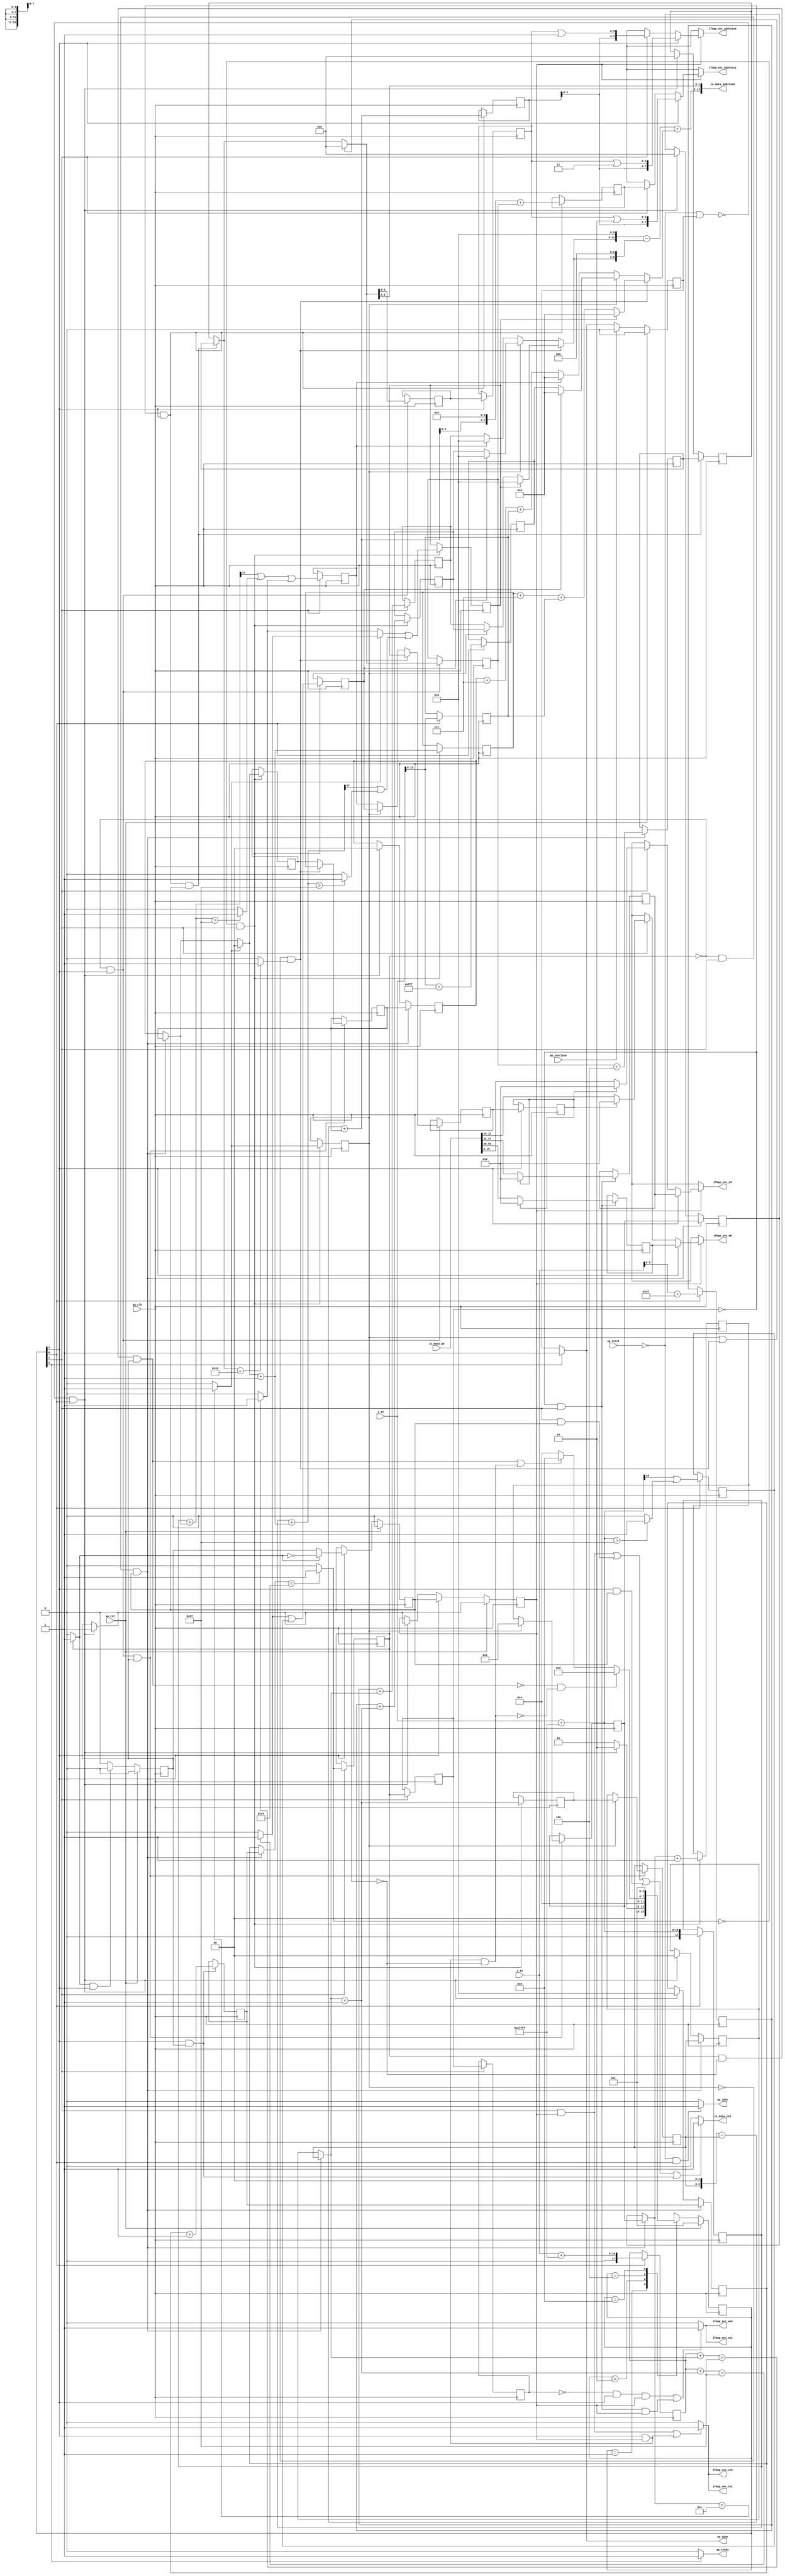
`define EXPONENT 5
`define MANTISSA 10
`define ACTUAL_MANTISSA 11
`define EXPONENT_LSB 10
`define EXPONENT_MSB 14
`define MANTISSA_LSB 0
`define MANTISSA_MSB 9
`define MANTISSA_MUL_SPLIT_LSB 3
`define MANTISSA_MUL_SPLIT_MSB 9
`define SIGN 1
`define SIGN_LOC 15
`define DWIDTH (`SIGN+`EXPONENT+`MANTISSA)
`define IEEE_COMPLIANCE 1

module td_fused_top_tdf5_readInputs41 (
        ap_clk,
        ap_rst,
        ap_start,
        ap_done,
        ap_continue,
        ap_idle,
        ap_ready,
        in_data_address0,
        in_data_ce0,
        in_data_q0,
        i_15,
        j_15,
        ifmap_vec_address0,
        ifmap_vec_ce0,
        ifmap_vec_we0,
        ifmap_vec_d0,
        ifmap_vec_address1,
        ifmap_vec_ce1,
        ifmap_vec_we1,
        ifmap_vec_d1
);

parameter    ap_ST_fsm_state1 = 4'd1;
parameter    ap_ST_fsm_pp0_stage0 = 4'd2;
parameter    ap_ST_fsm_pp0_stage1 = 4'd4;
parameter    ap_ST_fsm_state8 = 4'd8;

input   ap_clk;
input   ap_rst;
input   ap_start;
output   ap_done;
input   ap_continue;
output   ap_idle;
output   ap_ready;
output  [13:0] in_data_address0;
output   in_data_ce0;
input  [63:0] in_data_q0;
input  [15:0] i_15;
input  [15:0] j_15;
output  [7:0] ifmap_vec_address0;
output   ifmap_vec_ce0;
output   ifmap_vec_we0;
output  [15:0] ifmap_vec_d0;
output  [7:0] ifmap_vec_address1;
output   ifmap_vec_ce1;
output   ifmap_vec_we1;
output  [15:0] ifmap_vec_d1;

reg ap_done;
reg ap_idle;
reg ap_ready;
reg in_data_ce0;
reg[7:0] ifmap_vec_address0;
reg ifmap_vec_ce0;
reg ifmap_vec_we0;
reg[15:0] ifmap_vec_d0;
reg[7:0] ifmap_vec_address1;
reg ifmap_vec_ce1;
reg ifmap_vec_we1;
reg[15:0] ifmap_vec_d1;

reg    ap_done_reg;
  reg   [3:0] ap_CS_fsm;
wire    ap_CS_fsm_state1;
reg   [5:0] indvar_flatten47_reg_194;
reg   [1:0] ii_reg_206;
reg   [4:0] indvar_flatten_reg_218;
reg   [1:0] jj_reg_229;
reg   [4:0] kk_0_i_reg_241;
wire   [17:0] p_cast_i_fu_270_p1;
reg   [17:0] p_cast_i_reg_931;
wire   [11:0] trunc_ln22_fu_274_p1;
reg   [11:0] trunc_ln22_reg_937;
wire   [17:0] sext_ln22_fu_284_p1;
reg   [17:0] sext_ln22_reg_943;
wire   [5:0] p_cast_fu_288_p2;
reg   [5:0] p_cast_reg_949;
wire   [0:0] or_ln23_11_fu_308_p2;
reg   [0:0] or_ln23_11_reg_955;
wire   [11:0] p_mid137_fu_314_p2;
reg   [11:0] p_mid137_reg_960;
wire   [5:0] p_cast5_i_fu_333_p2;
reg   [5:0] p_cast5_i_reg_965;
wire    ap_CS_fsm_pp0_stage0;
wire    ap_block_state2_pp0_stage0_iter0;
wire    ap_block_state4_pp0_stage0_iter1;
wire    ap_block_state6_pp0_stage0_iter2;
wire    ap_block_pp0_stage0_11001;
wire   [0:0] is_padding_fu_373_p2;
reg   [0:0] is_padding_reg_971;
wire   [0:0] icmp_ln19_fu_379_p2;
reg   [0:0] icmp_ln19_reg_978;
reg   [0:0] icmp_ln19_reg_978_pp0_iter1_reg;
reg   [0:0] icmp_ln19_reg_978_pp0_iter2_reg;
wire   [1:0] add_ln19_fu_385_p2;
reg   [1:0] add_ln19_reg_982;
wire   [0:0] icmp_ln20_fu_391_p2;
reg   [0:0] icmp_ln20_reg_987;
wire   [1:0] select_ln19_fu_397_p3;
reg   [1:0] select_ln19_reg_999;
wire   [5:0] p_cast5_i_mid1_fu_418_p2;
reg   [5:0] p_cast5_i_mid1_reg_1004;
wire   [0:0] or_ln23_13_fu_437_p2;
reg   [0:0] or_ln23_13_reg_1010;
wire   [1:0] add_ln20_fu_442_p2;
reg   [1:0] add_ln20_reg_1017;
wire   [0:0] or_ln23_15_fu_477_p2;
reg   [0:0] or_ln23_15_reg_1023;
wire   [4:0] add_ln20_3_fu_483_p2;
reg   [4:0] add_ln20_3_reg_1030;
wire   [5:0] add_ln19_3_fu_489_p2;
reg   [5:0] add_ln19_3_reg_1035;
wire    ap_CS_fsm_pp0_stage1;
reg    ap_enable_reg_pp0_iter0;
wire    ap_block_state3_pp0_stage1_iter0;
wire    ap_block_state5_pp0_stage1_iter1;
wire    ap_block_state7_pp0_stage1_iter2;
wire    ap_block_pp0_stage1_11001;
wire   [1:0] select_ln19_13_fu_527_p3;
reg   [1:0] select_ln19_13_reg_1040;
wire   [4:0] select_ln20_fu_591_p3;
reg   [4:0] select_ln20_reg_1047;
wire   [1:0] select_ln20_11_fu_599_p3;
reg   [1:0] select_ln20_11_reg_1053;
wire   [0:0] select_ln20_12_fu_608_p3;
reg   [0:0] select_ln20_12_reg_1059;
reg   [0:0] select_ln20_12_reg_1059_pp0_iter1_reg;
wire   [3:0] empty_87_fu_704_p1;
reg   [3:0] empty_87_reg_1067;
reg   [3:0] empty_87_reg_1067_pp0_iter1_reg;
wire   [4:0] select_ln20_15_fu_731_p3;
reg   [4:0] select_ln20_15_reg_1079;
wire   [4:0] add_ln25_fu_737_p2;
reg   [4:0] add_ln25_reg_1084;
reg    ap_enable_reg_pp0_iter1;
wire   [5:0] add_ln33_fu_769_p2;
reg   [5:0] add_ln33_reg_1089;
wire   [7:0] add_ln33_3_fu_790_p2;
reg   [7:0] add_ln33_3_reg_1096;
wire   [15:0] select_ln33_14_fu_869_p3;
reg   [15:0] select_ln33_14_reg_1101;
wire   [15:0] select_ln33_15_fu_890_p3;
reg   [15:0] select_ln33_15_reg_1106;
reg    ap_block_state1;
wire    ap_block_pp0_stage1_subdone;
reg    ap_condition_pp0_exit_iter0_state3;
reg    ap_enable_reg_pp0_iter2;
reg   [5:0] ap_phi_mux_indvar_flatten47_phi_fu_198_p4;
wire    ap_block_pp0_stage0;
reg   [1:0] ap_phi_mux_ii_phi_fu_210_p4;
reg   [4:0] ap_phi_mux_indvar_flatten_phi_fu_222_p4;
reg   [1:0] ap_phi_mux_jj_phi_fu_233_p4;
reg   [4:0] ap_phi_mux_kk_0_i_phi_fu_245_p4;
wire    ap_block_pp0_stage1;
wire   [63:0] sext_ln32_fu_726_p1;
wire   [63:0] zext_ln33_13_fu_796_p1;
wire   [63:0] sext_ln33_fu_828_p1;
wire   [63:0] sext_ln33_5_fu_909_p1;
wire   [63:0] sext_ln33_6_fu_926_p1;
wire   [15:0] select_ln33_fu_808_p3;
wire   [15:0] select_ln33_13_fu_847_p3;
wire   [16:0] zext_ln19_fu_256_p1;
wire   [16:0] empty_82_fu_264_p2;
wire   [16:0] j_cast_i_fu_252_p1;
wire   [16:0] add_ln22_fu_278_p2;
wire   [5:0] empty_fu_260_p1;
wire   [0:0] tmp_fu_294_p3;
wire   [0:0] icmp_ln24_fu_302_p2;
wire   [17:0] ii_cast_i_fu_320_p1;
wire   [5:0] ii_cast_fu_324_p1;
wire   [17:0] empty_83_fu_328_p2;
wire   [17:0] zext_ln20_fu_344_p1;
wire   [17:0] add_ln22_3_fu_348_p2;
wire   [0:0] tmp_20_fu_353_p3;
wire   [0:0] icmp_ln24_3_fu_361_p2;
wire   [0:0] or_ln23_fu_367_p2;
wire   [0:0] empty_84_fu_338_p2;
wire   [17:0] ii_cast_i_mid1_fu_405_p1;
wire   [5:0] ii_cast_mid1_fu_409_p1;
wire   [17:0] p_mid111_fu_413_p2;
wire   [0:0] p_mid113_fu_423_p2;
wire   [17:0] zext_ln20_3_fu_448_p1;
wire   [17:0] add_ln22_4_fu_452_p2;
wire   [0:0] tmp_21_fu_457_p3;
wire   [0:0] icmp_ln24_4_fu_465_p2;
wire   [0:0] or_ln23_14_fu_471_p2;
wire   [0:0] select_ln19_15_fu_429_p3;
wire   [2:0] zext_ln22_fu_495_p1;
wire   [2:0] tmp2_fu_505_p2;
wire   [11:0] tmp2_cast_fu_511_p1;
wire   [11:0] empty_85_fu_515_p2;
wire   [5:0] row_coord_int_mid131_fu_543_p3;
wire   [5:0] row_coord_int_fu_499_p3;
wire   [11:0] col_coord_int_mid139_fu_549_p3;
wire   [11:0] col_coord_int_fu_520_p3;
wire   [0:0] icmp_ln25_fu_574_p2;
wire   [0:0] xor_ln19_fu_569_p2;
wire   [0:0] and_ln19_fu_580_p2;
wire   [0:0] or_ln20_fu_586_p2;
wire   [0:0] select_ln19_16_fu_538_p3;
wire   [5:0] select_ln19_14_fu_533_p3;
wire   [2:0] zext_ln22_3_fu_605_p1;
wire   [2:0] tmp2_mid1_fu_622_p2;
wire   [11:0] tmp2_cast_mid1_fu_628_p1;
wire   [11:0] p_mid1_fu_632_p2;
wire   [5:0] row_coord_int_mid1_fu_615_p3;
wire   [5:0] select_ln19_17_fu_555_p3;
wire   [5:0] select_ln20_13_fu_644_p3;
wire   [11:0] tmp_4_fu_652_p3;
wire   [8:0] tmp_5_fu_664_p3;
wire   [12:0] zext_ln32_fu_660_p1;
wire   [12:0] zext_ln32_16_fu_672_p1;
wire   [12:0] sub_ln32_fu_676_p2;
wire   [11:0] col_coord_int_mid1_fu_637_p3;
wire   [11:0] select_ln19_18_fu_562_p3;
wire   [11:0] select_ln20_14_fu_686_p3;
wire   [13:0] sext_ln20_fu_682_p1;
wire   [13:0] zext_ln32_17_fu_694_p1;
wire   [13:0] add_ln32_fu_698_p2;
wire   [1:0] lshr_ln_fu_708_p4;
wire   [15:0] tmp_22_fu_718_p3;
wire   [3:0] tmp_s_fu_745_p3;
wire   [4:0] zext_ln33_10_fu_752_p1;
wire   [4:0] zext_ln33_fu_742_p1;
wire   [4:0] sub_ln33_fu_756_p2;
wire   [5:0] sub_ln33_cast_fu_762_p1;
wire   [5:0] zext_ln33_11_fu_766_p1;
wire   [3:0] trunc_ln33_fu_775_p1;
wire   [7:0] tmp_63_cast_fu_779_p3;
wire   [7:0] zext_ln33_12_fu_787_p1;
wire   [15:0] trunc_ln32_fu_800_p1;
wire   [15:0] bitcast_ln32_fu_804_p1;
wire   [3:0] or_ln25_fu_816_p2;
wire   [9:0] tmp_23_fu_821_p3;
wire   [15:0] tmp_39_i_fu_833_p4;
wire   [15:0] bitcast_ln32_13_fu_843_p1;
wire   [15:0] tmp_40_i_fu_855_p4;
wire   [15:0] bitcast_ln32_14_fu_865_p1;
wire   [15:0] tmp_41_i_fu_876_p4;
wire   [15:0] bitcast_ln32_15_fu_886_p1;
wire   [3:0] or_ln25_9_fu_897_p2;
wire   [9:0] tmp_24_fu_902_p3;
wire   [3:0] or_ln25_10_fu_914_p2;
wire   [9:0] tmp_25_fu_919_p3;
wire    ap_CS_fsm_state8;
reg   [3:0] ap_NS_fsm;
wire    ap_block_pp0_stage0_subdone;
reg    ap_idle_pp0;
wire    ap_enable_pp0;
wire    ap_ce_reg;

// power-on initialization
initial begin
#0 ap_done_reg = 1'b0;
#0 ap_CS_fsm = 4'd1;
#0 ap_enable_reg_pp0_iter0 = 1'b0;
#0 ap_enable_reg_pp0_iter1 = 1'b0;
#0 ap_enable_reg_pp0_iter2 = 1'b0;
end

always @ (posedge ap_clk) begin
    if (ap_rst == 1'b1) begin
        ap_CS_fsm <= ap_ST_fsm_state1;
    end else begin
        ap_CS_fsm <= ap_NS_fsm;
    end
end

always @ (posedge ap_clk) begin
    if (ap_rst == 1'b1) begin
        ap_done_reg <= 1'b0;
    end else begin
        if ((ap_continue == 1'b1)) begin
            ap_done_reg <= 1'b0;
        end else if ((1'b1 == ap_CS_fsm_state8)) begin
            ap_done_reg <= 1'b1;
        end
    end
end

always @ (posedge ap_clk) begin
    if (ap_rst == 1'b1) begin
        ap_enable_reg_pp0_iter0 <= 1'b0;
    end else begin
        if (((1'b0 == ap_block_pp0_stage1_subdone) & (1'b1 == ap_condition_pp0_exit_iter0_state3) & (1'b1 == ap_CS_fsm_pp0_stage1))) begin
            ap_enable_reg_pp0_iter0 <= 1'b0;
        end else if ((~((ap_start == 1'b0) | (ap_done_reg == 1'b1)) & (1'b1 == ap_CS_fsm_state1))) begin
            ap_enable_reg_pp0_iter0 <= 1'b1;
        end
    end
end

always @ (posedge ap_clk) begin
    if (ap_rst == 1'b1) begin
        ap_enable_reg_pp0_iter1 <= 1'b0;
    end else begin
        if (((1'b0 == ap_block_pp0_stage1_subdone) & (1'b1 == ap_CS_fsm_pp0_stage1))) begin
            if ((1'b1 == ap_condition_pp0_exit_iter0_state3)) begin
                ap_enable_reg_pp0_iter1 <= (1'b1 ^ ap_condition_pp0_exit_iter0_state3);
            end else if ((1'b1 == 1'b1)) begin
                ap_enable_reg_pp0_iter1 <= ap_enable_reg_pp0_iter0;
            end
        end
    end
end

always @ (posedge ap_clk) begin
    if (ap_rst == 1'b1) begin
        ap_enable_reg_pp0_iter2 <= 1'b0;
    end else begin
        if (((1'b0 == ap_block_pp0_stage1_subdone) & (1'b1 == ap_CS_fsm_pp0_stage1))) begin
            ap_enable_reg_pp0_iter2 <= ap_enable_reg_pp0_iter1;
        end else if ((~((ap_start == 1'b0) | (ap_done_reg == 1'b1)) & (1'b1 == ap_CS_fsm_state1))) begin
            ap_enable_reg_pp0_iter2 <= 1'b0;
        end
    end
end

always @ (posedge ap_clk) begin
    if (((icmp_ln19_reg_978 == 1'd0) & (1'b0 == ap_block_pp0_stage0_11001) & (1'b1 == ap_CS_fsm_pp0_stage0) & (ap_enable_reg_pp0_iter1 == 1'b1))) begin
        ii_reg_206 <= select_ln19_13_reg_1040;
    end else if ((~((ap_start == 1'b0) | (ap_done_reg == 1'b1)) & (1'b1 == ap_CS_fsm_state1))) begin
        ii_reg_206 <= 2'd0;
    end
end

always @ (posedge ap_clk) begin
    if (((icmp_ln19_reg_978 == 1'd0) & (1'b0 == ap_block_pp0_stage0_11001) & (1'b1 == ap_CS_fsm_pp0_stage0) & (ap_enable_reg_pp0_iter1 == 1'b1))) begin
        indvar_flatten47_reg_194 <= add_ln19_3_reg_1035;
    end else if ((~((ap_start == 1'b0) | (ap_done_reg == 1'b1)) & (1'b1 == ap_CS_fsm_state1))) begin
        indvar_flatten47_reg_194 <= 6'd0;
    end
end

always @ (posedge ap_clk) begin
    if (((icmp_ln19_reg_978 == 1'd0) & (1'b0 == ap_block_pp0_stage0_11001) & (1'b1 == ap_CS_fsm_pp0_stage0) & (ap_enable_reg_pp0_iter1 == 1'b1))) begin
        indvar_flatten_reg_218 <= select_ln20_15_reg_1079;
    end else if ((~((ap_start == 1'b0) | (ap_done_reg == 1'b1)) & (1'b1 == ap_CS_fsm_state1))) begin
        indvar_flatten_reg_218 <= 5'd0;
    end
end

always @ (posedge ap_clk) begin
    if (((icmp_ln19_reg_978 == 1'd0) & (1'b0 == ap_block_pp0_stage0_11001) & (1'b1 == ap_CS_fsm_pp0_stage0) & (ap_enable_reg_pp0_iter1 == 1'b1))) begin
        jj_reg_229 <= select_ln20_11_reg_1053;
    end else if ((~((ap_start == 1'b0) | (ap_done_reg == 1'b1)) & (1'b1 == ap_CS_fsm_state1))) begin
        jj_reg_229 <= 2'd0;
    end
end

always @ (posedge ap_clk) begin
    if (((icmp_ln19_reg_978_pp0_iter1_reg == 1'd0) & (1'b0 == ap_block_pp0_stage1_11001) & (1'b1 == ap_CS_fsm_pp0_stage1) & (ap_enable_reg_pp0_iter1 == 1'b1))) begin
        kk_0_i_reg_241 <= add_ln25_reg_1084;
    end else if ((~((ap_start == 1'b0) | (ap_done_reg == 1'b1)) & (1'b1 == ap_CS_fsm_state1))) begin
        kk_0_i_reg_241 <= 5'd0;
    end
end

always @ (posedge ap_clk) begin
    if (((1'b0 == ap_block_pp0_stage1_11001) & (1'b1 == ap_CS_fsm_pp0_stage1) & (ap_enable_reg_pp0_iter0 == 1'b1))) begin
        add_ln19_3_reg_1035 <= add_ln19_3_fu_489_p2;
    end
end

always @ (posedge ap_clk) begin
    if (((icmp_ln19_fu_379_p2 == 1'd0) & (1'b0 == ap_block_pp0_stage0_11001) & (1'b1 == ap_CS_fsm_pp0_stage0))) begin
        add_ln19_reg_982 <= add_ln19_fu_385_p2;
        add_ln20_3_reg_1030 <= add_ln20_3_fu_483_p2;
        add_ln20_reg_1017 <= add_ln20_fu_442_p2;
        icmp_ln20_reg_987 <= icmp_ln20_fu_391_p2;
        or_ln23_13_reg_1010 <= or_ln23_13_fu_437_p2;
        or_ln23_15_reg_1023 <= or_ln23_15_fu_477_p2;
        p_cast5_i_mid1_reg_1004 <= p_cast5_i_mid1_fu_418_p2;
        select_ln19_reg_999 <= select_ln19_fu_397_p3;
    end
end

always @ (posedge ap_clk) begin
    if (((icmp_ln19_reg_978 == 1'd0) & (1'b0 == ap_block_pp0_stage0_11001) & (1'b1 == ap_CS_fsm_pp0_stage0) & (ap_enable_reg_pp0_iter1 == 1'b1))) begin
        add_ln25_reg_1084 <= add_ln25_fu_737_p2;
    end
end

always @ (posedge ap_clk) begin
    if (((icmp_ln19_reg_978_pp0_iter1_reg == 1'd0) & (1'b0 == ap_block_pp0_stage1_11001) & (1'b1 == ap_CS_fsm_pp0_stage1))) begin
        add_ln33_3_reg_1096 <= add_ln33_3_fu_790_p2;
        add_ln33_reg_1089 <= add_ln33_fu_769_p2;
    end
end

always @ (posedge ap_clk) begin
    if (((icmp_ln19_reg_978 == 1'd0) & (1'b0 == ap_block_pp0_stage1_11001) & (1'b1 == ap_CS_fsm_pp0_stage1))) begin
        empty_87_reg_1067 <= empty_87_fu_704_p1;
        select_ln20_12_reg_1059 <= select_ln20_12_fu_608_p3;
        select_ln20_reg_1047 <= select_ln20_fu_591_p3;
    end
end

always @ (posedge ap_clk) begin
    if (((1'b0 == ap_block_pp0_stage1_11001) & (1'b1 == ap_CS_fsm_pp0_stage1))) begin
        empty_87_reg_1067_pp0_iter1_reg <= empty_87_reg_1067;
        select_ln20_12_reg_1059_pp0_iter1_reg <= select_ln20_12_reg_1059;
    end
end

always @ (posedge ap_clk) begin
    if (((1'b0 == ap_block_pp0_stage0_11001) & (1'b1 == ap_CS_fsm_pp0_stage0))) begin
        icmp_ln19_reg_978 <= icmp_ln19_fu_379_p2;
        icmp_ln19_reg_978_pp0_iter1_reg <= icmp_ln19_reg_978;
        icmp_ln19_reg_978_pp0_iter2_reg <= icmp_ln19_reg_978_pp0_iter1_reg;
        is_padding_reg_971 <= is_padding_fu_373_p2;
        p_cast5_i_reg_965 <= p_cast5_i_fu_333_p2;
    end
end

always @ (posedge ap_clk) begin
    if ((1'b1 == ap_CS_fsm_state1)) begin
        or_ln23_11_reg_955 <= or_ln23_11_fu_308_p2;
        p_cast_i_reg_931 <= p_cast_i_fu_270_p1;
        p_cast_reg_949 <= p_cast_fu_288_p2;
        p_mid137_reg_960 <= p_mid137_fu_314_p2;
        sext_ln22_reg_943 <= sext_ln22_fu_284_p1;
        trunc_ln22_reg_937 <= trunc_ln22_fu_274_p1;
    end
end

always @ (posedge ap_clk) begin
    if (((icmp_ln19_reg_978 == 1'd0) & (1'b0 == ap_block_pp0_stage1_11001) & (1'b1 == ap_CS_fsm_pp0_stage1) & (ap_enable_reg_pp0_iter0 == 1'b1))) begin
        select_ln19_13_reg_1040 <= select_ln19_13_fu_527_p3;
        select_ln20_11_reg_1053 <= select_ln20_11_fu_599_p3;
        select_ln20_15_reg_1079 <= select_ln20_15_fu_731_p3;
    end
end

always @ (posedge ap_clk) begin
    if (((icmp_ln19_reg_978_pp0_iter1_reg == 1'd0) & (1'b0 == ap_block_pp0_stage0_11001) & (1'b1 == ap_CS_fsm_pp0_stage0))) begin
        select_ln33_14_reg_1101 <= select_ln33_14_fu_869_p3;
        select_ln33_15_reg_1106 <= select_ln33_15_fu_890_p3;
    end
end

always @ (*) begin
    if ((icmp_ln19_reg_978 == 1'd1)) begin
        ap_condition_pp0_exit_iter0_state3 = 1'b1;
    end else begin
        ap_condition_pp0_exit_iter0_state3 = 1'b0;
    end
end

always @ (*) begin
    if ((1'b1 == ap_CS_fsm_state8)) begin
        ap_done = 1'b1;
    end else begin
        ap_done = ap_done_reg;
    end
end

always @ (*) begin
    if (((ap_start == 1'b0) & (1'b1 == ap_CS_fsm_state1))) begin
        ap_idle = 1'b1;
    end else begin
        ap_idle = 1'b0;
    end
end

always @ (*) begin
    if (((ap_enable_reg_pp0_iter2 == 1'b0) & (ap_enable_reg_pp0_iter1 == 1'b0) & (ap_enable_reg_pp0_iter0 == 1'b0))) begin
        ap_idle_pp0 = 1'b1;
    end else begin
        ap_idle_pp0 = 1'b0;
    end
end

always @ (*) begin
    if (((icmp_ln19_reg_978 == 1'd0) & (1'b0 == ap_block_pp0_stage0) & (1'b1 == ap_CS_fsm_pp0_stage0) & (ap_enable_reg_pp0_iter1 == 1'b1))) begin
        ap_phi_mux_ii_phi_fu_210_p4 = select_ln19_13_reg_1040;
    end else begin
        ap_phi_mux_ii_phi_fu_210_p4 = ii_reg_206;
    end
end

always @ (*) begin
    if (((icmp_ln19_reg_978 == 1'd0) & (1'b0 == ap_block_pp0_stage0) & (1'b1 == ap_CS_fsm_pp0_stage0) & (ap_enable_reg_pp0_iter1 == 1'b1))) begin
        ap_phi_mux_indvar_flatten47_phi_fu_198_p4 = add_ln19_3_reg_1035;
    end else begin
        ap_phi_mux_indvar_flatten47_phi_fu_198_p4 = indvar_flatten47_reg_194;
    end
end

always @ (*) begin
    if (((icmp_ln19_reg_978 == 1'd0) & (1'b0 == ap_block_pp0_stage0) & (1'b1 == ap_CS_fsm_pp0_stage0) & (ap_enable_reg_pp0_iter1 == 1'b1))) begin
        ap_phi_mux_indvar_flatten_phi_fu_222_p4 = select_ln20_15_reg_1079;
    end else begin
        ap_phi_mux_indvar_flatten_phi_fu_222_p4 = indvar_flatten_reg_218;
    end
end

always @ (*) begin
    if (((icmp_ln19_reg_978 == 1'd0) & (1'b0 == ap_block_pp0_stage0) & (1'b1 == ap_CS_fsm_pp0_stage0) & (ap_enable_reg_pp0_iter1 == 1'b1))) begin
        ap_phi_mux_jj_phi_fu_233_p4 = select_ln20_11_reg_1053;
    end else begin
        ap_phi_mux_jj_phi_fu_233_p4 = jj_reg_229;
    end
end

always @ (*) begin
    if (((icmp_ln19_reg_978_pp0_iter1_reg == 1'd0) & (1'b0 == ap_block_pp0_stage1) & (1'b1 == ap_CS_fsm_pp0_stage1) & (ap_enable_reg_pp0_iter1 == 1'b1))) begin
        ap_phi_mux_kk_0_i_phi_fu_245_p4 = add_ln25_reg_1084;
    end else begin
        ap_phi_mux_kk_0_i_phi_fu_245_p4 = kk_0_i_reg_241;
    end
end

always @ (*) begin
    if ((1'b1 == ap_CS_fsm_state8)) begin
        ap_ready = 1'b1;
    end else begin
        ap_ready = 1'b0;
    end
end

always @ (*) begin
    if ((ap_enable_reg_pp0_iter2 == 1'b1)) begin
        if (((1'b0 == ap_block_pp0_stage1) & (1'b1 == ap_CS_fsm_pp0_stage1))) begin
            ifmap_vec_address0 = sext_ln33_6_fu_926_p1;
        end else if (((1'b0 == ap_block_pp0_stage0) & (1'b1 == ap_CS_fsm_pp0_stage0))) begin
            ifmap_vec_address0 = sext_ln33_fu_828_p1;
        end else begin
            ifmap_vec_address0 = 'bx;
        end
    end else begin
        ifmap_vec_address0 = 'bx;
    end
end

always @ (*) begin
    if ((ap_enable_reg_pp0_iter2 == 1'b1)) begin
        if (((1'b0 == ap_block_pp0_stage1) & (1'b1 == ap_CS_fsm_pp0_stage1))) begin
            ifmap_vec_address1 = sext_ln33_5_fu_909_p1;
        end else if (((1'b0 == ap_block_pp0_stage0) & (1'b1 == ap_CS_fsm_pp0_stage0))) begin
            ifmap_vec_address1 = zext_ln33_13_fu_796_p1;
        end else begin
            ifmap_vec_address1 = 'bx;
        end
    end else begin
        ifmap_vec_address1 = 'bx;
    end
end

always @ (*) begin
    if ((((1'b0 == ap_block_pp0_stage0_11001) & (1'b1 == ap_CS_fsm_pp0_stage0) & (ap_enable_reg_pp0_iter2 == 1'b1)) | ((1'b0 == ap_block_pp0_stage1_11001) & (1'b1 == ap_CS_fsm_pp0_stage1) & (ap_enable_reg_pp0_iter2 == 1'b1)))) begin
        ifmap_vec_ce0 = 1'b1;
    end else begin
        ifmap_vec_ce0 = 1'b0;
    end
end

always @ (*) begin
    if ((((1'b0 == ap_block_pp0_stage0_11001) & (1'b1 == ap_CS_fsm_pp0_stage0) & (ap_enable_reg_pp0_iter2 == 1'b1)) | ((1'b0 == ap_block_pp0_stage1_11001) & (1'b1 == ap_CS_fsm_pp0_stage1) & (ap_enable_reg_pp0_iter2 == 1'b1)))) begin
        ifmap_vec_ce1 = 1'b1;
    end else begin
        ifmap_vec_ce1 = 1'b0;
    end
end

always @ (*) begin
    if ((ap_enable_reg_pp0_iter2 == 1'b1)) begin
        if (((1'b0 == ap_block_pp0_stage1) & (1'b1 == ap_CS_fsm_pp0_stage1))) begin
            ifmap_vec_d0 = select_ln33_15_reg_1106;
        end else if (((1'b0 == ap_block_pp0_stage0) & (1'b1 == ap_CS_fsm_pp0_stage0))) begin
            ifmap_vec_d0 = select_ln33_13_fu_847_p3;
        end else begin
            ifmap_vec_d0 = 'bx;
        end
    end else begin
        ifmap_vec_d0 = 'bx;
    end
end

always @ (*) begin
    if ((ap_enable_reg_pp0_iter2 == 1'b1)) begin
        if (((1'b0 == ap_block_pp0_stage1) & (1'b1 == ap_CS_fsm_pp0_stage1))) begin
            ifmap_vec_d1 = select_ln33_14_reg_1101;
        end else if (((1'b0 == ap_block_pp0_stage0) & (1'b1 == ap_CS_fsm_pp0_stage0))) begin
            ifmap_vec_d1 = select_ln33_fu_808_p3;
        end else begin
            ifmap_vec_d1 = 'bx;
        end
    end else begin
        ifmap_vec_d1 = 'bx;
    end
end

always @ (*) begin
    if ((((icmp_ln19_reg_978_pp0_iter2_reg == 1'd0) & (1'b0 == ap_block_pp0_stage1_11001) & (1'b1 == ap_CS_fsm_pp0_stage1) & (ap_enable_reg_pp0_iter2 == 1'b1)) | ((icmp_ln19_reg_978_pp0_iter1_reg == 1'd0) & (1'b0 == ap_block_pp0_stage0_11001) & (1'b1 == ap_CS_fsm_pp0_stage0) & (ap_enable_reg_pp0_iter2 == 1'b1)))) begin
        ifmap_vec_we0 = 1'b1;
    end else begin
        ifmap_vec_we0 = 1'b0;
    end
end

always @ (*) begin
    if ((((icmp_ln19_reg_978_pp0_iter2_reg == 1'd0) & (1'b0 == ap_block_pp0_stage1_11001) & (1'b1 == ap_CS_fsm_pp0_stage1) & (ap_enable_reg_pp0_iter2 == 1'b1)) | ((icmp_ln19_reg_978_pp0_iter1_reg == 1'd0) & (1'b0 == ap_block_pp0_stage0_11001) & (1'b1 == ap_CS_fsm_pp0_stage0) & (ap_enable_reg_pp0_iter2 == 1'b1)))) begin
        ifmap_vec_we1 = 1'b1;
    end else begin
        ifmap_vec_we1 = 1'b0;
    end
end

always @ (*) begin
    if ((((1'b0 == ap_block_pp0_stage0_11001) & (1'b1 == ap_CS_fsm_pp0_stage0) & (ap_enable_reg_pp0_iter2 == 1'b1)) | ((1'b0 == ap_block_pp0_stage0_11001) & (1'b1 == ap_CS_fsm_pp0_stage0) & (ap_enable_reg_pp0_iter1 == 1'b1)) | ((1'b0 == ap_block_pp0_stage1_11001) & (1'b1 == ap_CS_fsm_pp0_stage1) & (ap_enable_reg_pp0_iter1 == 1'b1)) | ((1'b0 == ap_block_pp0_stage1_11001) & (1'b1 == ap_CS_fsm_pp0_stage1) & (ap_enable_reg_pp0_iter0 == 1'b1)))) begin
        in_data_ce0 = 1'b1;
    end else begin
        in_data_ce0 = 1'b0;
    end
end

always @ (*) begin
    case (ap_CS_fsm)
        ap_ST_fsm_state1 : begin
            if ((~((ap_start == 1'b0) | (ap_done_reg == 1'b1)) & (1'b1 == ap_CS_fsm_state1))) begin
                ap_NS_fsm = ap_ST_fsm_pp0_stage0;
            end else begin
                ap_NS_fsm = ap_ST_fsm_state1;
            end
        end
        ap_ST_fsm_pp0_stage0 : begin
            if ((1'b0 == ap_block_pp0_stage0_subdone)) begin
                ap_NS_fsm = ap_ST_fsm_pp0_stage1;
            end else begin
                ap_NS_fsm = ap_ST_fsm_pp0_stage0;
            end
        end
        ap_ST_fsm_pp0_stage1 : begin
            if ((~((icmp_ln19_reg_978 == 1'd1) & (1'b0 == ap_block_pp0_stage1_subdone) & (ap_enable_reg_pp0_iter1 == 1'b0) & (ap_enable_reg_pp0_iter0 == 1'b1)) & ~((1'b0 == ap_block_pp0_stage1_subdone) & (1'b1 == ap_CS_fsm_pp0_stage1) & (ap_enable_reg_pp0_iter2 == 1'b1) & (ap_enable_reg_pp0_iter1 == 1'b0)) & (1'b0 == ap_block_pp0_stage1_subdone))) begin
                ap_NS_fsm = ap_ST_fsm_pp0_stage0;
            end else if ((((icmp_ln19_reg_978 == 1'd1) & (1'b0 == ap_block_pp0_stage1_subdone) & (ap_enable_reg_pp0_iter1 == 1'b0) & (ap_enable_reg_pp0_iter0 == 1'b1)) | ((1'b0 == ap_block_pp0_stage1_subdone) & (1'b1 == ap_CS_fsm_pp0_stage1) & (ap_enable_reg_pp0_iter2 == 1'b1) & (ap_enable_reg_pp0_iter1 == 1'b0)))) begin
                ap_NS_fsm = ap_ST_fsm_state8;
            end else begin
                ap_NS_fsm = ap_ST_fsm_pp0_stage1;
            end
        end
        ap_ST_fsm_state8 : begin
            ap_NS_fsm = ap_ST_fsm_state1;
        end
        default : begin
            ap_NS_fsm = 'bx;
        end
    endcase
end

assign add_ln19_3_fu_489_p2 = (indvar_flatten47_reg_194 + 6'd1);

assign add_ln19_fu_385_p2 = (ap_phi_mux_ii_phi_fu_210_p4 + 2'd1);

assign add_ln20_3_fu_483_p2 = (ap_phi_mux_indvar_flatten_phi_fu_222_p4 + 5'd1);

assign add_ln20_fu_442_p2 = (select_ln19_fu_397_p3 + 2'd1);

assign add_ln22_3_fu_348_p2 = ((sext_ln22_reg_943) + (zext_ln20_fu_344_p1));

assign add_ln22_4_fu_452_p2 = ((sext_ln22_reg_943) + (zext_ln20_3_fu_448_p1));

assign add_ln22_fu_278_p2 = ((j_cast_i_fu_252_p1) + (17'd131071));

assign add_ln25_fu_737_p2 = (select_ln20_reg_1047 + 5'd4);

assign add_ln32_fu_698_p2 = ((sext_ln20_fu_682_p1) + (zext_ln32_17_fu_694_p1));

assign add_ln33_3_fu_790_p2 = (tmp_63_cast_fu_779_p3 + zext_ln33_12_fu_787_p1);

assign add_ln33_fu_769_p2 = ((sub_ln33_cast_fu_762_p1) + (zext_ln33_11_fu_766_p1));

assign and_ln19_fu_580_p2 = (xor_ln19_fu_569_p2 & icmp_ln25_fu_574_p2);

assign ap_CS_fsm_pp0_stage0 = ap_CS_fsm[32'd1];

assign ap_CS_fsm_pp0_stage1 = ap_CS_fsm[32'd2];

assign ap_CS_fsm_state1 = ap_CS_fsm[32'd0];

assign ap_CS_fsm_state8 = ap_CS_fsm[32'd3];

assign ap_block_pp0_stage0 = ~(1'b1 == 1'b1);

assign ap_block_pp0_stage0_11001 = ~(1'b1 == 1'b1);

assign ap_block_pp0_stage0_subdone = ~(1'b1 == 1'b1);

assign ap_block_pp0_stage1 = ~(1'b1 == 1'b1);

assign ap_block_pp0_stage1_11001 = ~(1'b1 == 1'b1);

assign ap_block_pp0_stage1_subdone = ~(1'b1 == 1'b1);

always @ (*) begin
    ap_block_state1 = ((ap_start == 1'b0) | (ap_done_reg == 1'b1));
end

assign ap_block_state2_pp0_stage0_iter0 = ~(1'b1 == 1'b1);

assign ap_block_state3_pp0_stage1_iter0 = ~(1'b1 == 1'b1);

assign ap_block_state4_pp0_stage0_iter1 = ~(1'b1 == 1'b1);

assign ap_block_state5_pp0_stage1_iter1 = ~(1'b1 == 1'b1);

assign ap_block_state6_pp0_stage0_iter2 = ~(1'b1 == 1'b1);

assign ap_block_state7_pp0_stage1_iter2 = ~(1'b1 == 1'b1);

assign ap_enable_pp0 = (ap_idle_pp0 ^ 1'b1);

assign bitcast_ln32_13_fu_843_p1 = tmp_39_i_fu_833_p4;

assign bitcast_ln32_14_fu_865_p1 = tmp_40_i_fu_855_p4;

assign bitcast_ln32_15_fu_886_p1 = tmp_41_i_fu_876_p4;

assign bitcast_ln32_fu_804_p1 = trunc_ln32_fu_800_p1;

assign col_coord_int_fu_520_p3 = ((is_padding_reg_971[0:0] == 1'b1) ? 12'd0 : empty_85_fu_515_p2);

assign col_coord_int_mid139_fu_549_p3 = ((or_ln23_13_reg_1010[0:0] == 1'b1) ? 12'd0 : p_mid137_reg_960);

assign col_coord_int_mid1_fu_637_p3 = ((or_ln23_15_reg_1023[0:0] == 1'b1) ? 12'd0 : p_mid1_fu_632_p2);

assign empty_82_fu_264_p2 = ((zext_ln19_fu_256_p1) + (17'd131071));

assign empty_83_fu_328_p2 = ((p_cast_i_reg_931) + (ii_cast_i_fu_320_p1));

assign empty_84_fu_338_p2 = ((empty_83_fu_328_p2 > 18'd55) ? 1'b1 : 1'b0);

assign empty_85_fu_515_p2 = ((tmp2_cast_fu_511_p1) + (trunc_ln22_reg_937));

assign empty_87_fu_704_p1 = select_ln20_fu_591_p3[3:0];

assign empty_fu_260_p1 = i_15[5:0];

assign icmp_ln19_fu_379_p2 = ((ap_phi_mux_indvar_flatten47_phi_fu_198_p4 == 6'd36) ? 1'b1 : 1'b0);

assign icmp_ln20_fu_391_p2 = ((ap_phi_mux_indvar_flatten_phi_fu_222_p4 == 5'd12) ? 1'b1 : 1'b0);

assign icmp_ln24_3_fu_361_p2 = (((add_ln22_3_fu_348_p2) > (18'd55)) ? 1'b1 : 1'b0);

assign icmp_ln24_4_fu_465_p2 = (((add_ln22_4_fu_452_p2) > (18'd55)) ? 1'b1 : 1'b0);

assign icmp_ln24_fu_302_p2 = (((add_ln22_fu_278_p2) > (17'd55)) ? 1'b1 : 1'b0);

assign icmp_ln25_fu_574_p2 = ((ap_phi_mux_kk_0_i_phi_fu_245_p4 == 5'd16) ? 1'b1 : 1'b0);

assign ii_cast_fu_324_p1 = ap_phi_mux_ii_phi_fu_210_p4;

assign ii_cast_i_fu_320_p1 = ap_phi_mux_ii_phi_fu_210_p4;

assign ii_cast_i_mid1_fu_405_p1 = add_ln19_fu_385_p2;

assign ii_cast_mid1_fu_409_p1 = add_ln19_fu_385_p2;

assign in_data_address0 = sext_ln32_fu_726_p1;

assign is_padding_fu_373_p2 = (or_ln23_fu_367_p2 | empty_84_fu_338_p2);

assign j_cast_i_fu_252_p1 = j_15;

assign lshr_ln_fu_708_p4 = {{select_ln20_fu_591_p3[3:2]}};

assign or_ln20_fu_586_p2 = (icmp_ln20_reg_987 | and_ln19_fu_580_p2);

assign or_ln23_11_fu_308_p2 = (tmp_fu_294_p3 | icmp_ln24_fu_302_p2);

assign or_ln23_13_fu_437_p2 = (p_mid113_fu_423_p2 | or_ln23_11_reg_955);

assign or_ln23_14_fu_471_p2 = (tmp_21_fu_457_p3 | icmp_ln24_4_fu_465_p2);

assign or_ln23_15_fu_477_p2 = (select_ln19_15_fu_429_p3 | or_ln23_14_fu_471_p2);

assign or_ln23_fu_367_p2 = (tmp_20_fu_353_p3 | icmp_ln24_3_fu_361_p2);

assign or_ln25_10_fu_914_p2 = (empty_87_reg_1067_pp0_iter1_reg | 4'd3);

assign or_ln25_9_fu_897_p2 = (empty_87_reg_1067_pp0_iter1_reg | 4'd2);

assign or_ln25_fu_816_p2 = (empty_87_reg_1067_pp0_iter1_reg | 4'd1);

assign p_cast5_i_fu_333_p2 = (p_cast_reg_949 + ii_cast_fu_324_p1);

assign p_cast5_i_mid1_fu_418_p2 = (p_cast_reg_949 + ii_cast_mid1_fu_409_p1);

assign p_cast_fu_288_p2 = ((empty_fu_260_p1) + (6'd63));

assign p_cast_i_fu_270_p1 = (empty_82_fu_264_p2);

assign p_mid111_fu_413_p2 = ((p_cast_i_reg_931) + (ii_cast_i_mid1_fu_405_p1));

assign p_mid113_fu_423_p2 = ((p_mid111_fu_413_p2 > 18'd55) ? 1'b1 : 1'b0);

assign p_mid137_fu_314_p2 = ((trunc_ln22_fu_274_p1) + (12'd4095));

assign p_mid1_fu_632_p2 = ((tmp2_cast_mid1_fu_628_p1) + (trunc_ln22_reg_937));

assign row_coord_int_fu_499_p3 = ((is_padding_reg_971[0:0] == 1'b1) ? 6'd0 : p_cast5_i_reg_965);

assign row_coord_int_mid131_fu_543_p3 = ((or_ln23_13_reg_1010[0:0] == 1'b1) ? 6'd0 : p_cast5_i_mid1_reg_1004);

assign row_coord_int_mid1_fu_615_p3 = ((or_ln23_15_reg_1023[0:0] == 1'b1) ? 6'd0 : select_ln19_14_fu_533_p3);

assign select_ln19_13_fu_527_p3 = ((icmp_ln20_reg_987[0:0] == 1'b1) ? add_ln19_reg_982 : ii_reg_206);

assign select_ln19_14_fu_533_p3 = ((icmp_ln20_reg_987[0:0] == 1'b1) ? p_cast5_i_mid1_reg_1004 : p_cast5_i_reg_965);

assign select_ln19_15_fu_429_p3 = ((icmp_ln20_fu_391_p2[0:0] == 1'b1) ? p_mid113_fu_423_p2 : empty_84_fu_338_p2);

assign select_ln19_16_fu_538_p3 = ((icmp_ln20_reg_987[0:0] == 1'b1) ? or_ln23_13_reg_1010 : is_padding_reg_971);

assign select_ln19_17_fu_555_p3 = ((icmp_ln20_reg_987[0:0] == 1'b1) ? row_coord_int_mid131_fu_543_p3 : row_coord_int_fu_499_p3);

assign select_ln19_18_fu_562_p3 = ((icmp_ln20_reg_987[0:0] == 1'b1) ? col_coord_int_mid139_fu_549_p3 : col_coord_int_fu_520_p3);

assign select_ln19_fu_397_p3 = ((icmp_ln20_fu_391_p2[0:0] == 1'b1) ? 2'd0 : ap_phi_mux_jj_phi_fu_233_p4);

assign select_ln20_11_fu_599_p3 = ((and_ln19_fu_580_p2[0:0] == 1'b1) ? add_ln20_reg_1017 : select_ln19_reg_999);

assign select_ln20_12_fu_608_p3 = ((and_ln19_fu_580_p2[0:0] == 1'b1) ? or_ln23_15_reg_1023 : select_ln19_16_fu_538_p3);

assign select_ln20_13_fu_644_p3 = ((and_ln19_fu_580_p2[0:0] == 1'b1) ? row_coord_int_mid1_fu_615_p3 : select_ln19_17_fu_555_p3);

assign select_ln20_14_fu_686_p3 = ((and_ln19_fu_580_p2[0:0] == 1'b1) ? col_coord_int_mid1_fu_637_p3 : select_ln19_18_fu_562_p3);

assign select_ln20_15_fu_731_p3 = ((icmp_ln20_reg_987[0:0] == 1'b1) ? 5'd1 : add_ln20_3_reg_1030);

assign select_ln20_fu_591_p3 = ((or_ln20_fu_586_p2[0:0] == 1'b1) ? 5'd0 : ap_phi_mux_kk_0_i_phi_fu_245_p4);

assign select_ln33_13_fu_847_p3 = ((select_ln20_12_reg_1059_pp0_iter1_reg[0:0] == 1'b1) ? 16'd0 : bitcast_ln32_13_fu_843_p1);

assign select_ln33_14_fu_869_p3 = ((select_ln20_12_reg_1059_pp0_iter1_reg[0:0] == 1'b1) ? 16'd0 : bitcast_ln32_14_fu_865_p1);

assign select_ln33_15_fu_890_p3 = ((select_ln20_12_reg_1059_pp0_iter1_reg[0:0] == 1'b1) ? 16'd0 : bitcast_ln32_15_fu_886_p1);

assign select_ln33_fu_808_p3 = ((select_ln20_12_reg_1059_pp0_iter1_reg[0:0] == 1'b1) ? 16'd0 : bitcast_ln32_fu_804_p1);

assign sext_ln20_fu_682_p1 = (sub_ln32_fu_676_p2);

assign sext_ln22_fu_284_p1 = add_ln22_fu_278_p2;

assign sext_ln32_fu_726_p1 = (tmp_22_fu_718_p3);

assign sext_ln33_5_fu_909_p1 = (tmp_24_fu_902_p3);

assign sext_ln33_6_fu_926_p1 = (tmp_25_fu_919_p3);

assign sext_ln33_fu_828_p1 = (tmp_23_fu_821_p3);

assign sub_ln32_fu_676_p2 = (zext_ln32_fu_660_p1 - zext_ln32_16_fu_672_p1);

assign sub_ln33_cast_fu_762_p1 = (sub_ln33_fu_756_p2);

assign sub_ln33_fu_756_p2 = (zext_ln33_10_fu_752_p1 - zext_ln33_fu_742_p1);

assign tmp2_cast_fu_511_p1 = (tmp2_fu_505_p2);

assign tmp2_cast_mid1_fu_628_p1 = (tmp2_mid1_fu_622_p2);

assign tmp2_fu_505_p2 = ((zext_ln22_fu_495_p1) + (3'd7));

assign tmp2_mid1_fu_622_p2 = ((zext_ln22_3_fu_605_p1) + (3'd7));

assign tmp_20_fu_353_p3 = add_ln22_3_fu_348_p2[32'd17];

assign tmp_21_fu_457_p3 = add_ln22_4_fu_452_p2[32'd17];

assign tmp_22_fu_718_p3 = {{add_ln32_fu_698_p2}, {lshr_ln_fu_708_p4}};

assign tmp_23_fu_821_p3 = {{add_ln33_reg_1089}, {or_ln25_fu_816_p2}};

assign tmp_24_fu_902_p3 = {{add_ln33_reg_1089}, {or_ln25_9_fu_897_p2}};

assign tmp_25_fu_919_p3 = {{add_ln33_reg_1089}, {or_ln25_10_fu_914_p2}};

assign tmp_39_i_fu_833_p4 = {{in_data_q0[31:16]}};

assign tmp_40_i_fu_855_p4 = {{in_data_q0[47:32]}};

assign tmp_41_i_fu_876_p4 = {{in_data_q0[63:48]}};

assign tmp_4_fu_652_p3 = {{select_ln20_13_fu_644_p3}, {6'd0}};

assign tmp_5_fu_664_p3 = {{select_ln20_13_fu_644_p3}, {3'd0}};

assign tmp_63_cast_fu_779_p3 = {{trunc_ln33_fu_775_p1}, {4'd0}};

assign tmp_fu_294_p3 = add_ln22_fu_278_p2[32'd16];

assign tmp_s_fu_745_p3 = {{select_ln19_13_reg_1040}, {2'd0}};

assign trunc_ln22_fu_274_p1 = j_15[11:0];

assign trunc_ln32_fu_800_p1 = in_data_q0[15:0];

assign trunc_ln33_fu_775_p1 = add_ln33_fu_769_p2[3:0];

assign xor_ln19_fu_569_p2 = (icmp_ln20_reg_987 ^ 1'd1);

assign zext_ln19_fu_256_p1 = i_15;

assign zext_ln20_3_fu_448_p1 = add_ln20_fu_442_p2;

assign zext_ln20_fu_344_p1 = ap_phi_mux_jj_phi_fu_233_p4;

assign zext_ln22_3_fu_605_p1 = add_ln20_reg_1017;

assign zext_ln22_fu_495_p1 = jj_reg_229;

assign zext_ln32_16_fu_672_p1 = tmp_5_fu_664_p3;

assign zext_ln32_17_fu_694_p1 = select_ln20_14_fu_686_p3;

assign zext_ln32_fu_660_p1 = tmp_4_fu_652_p3;

assign zext_ln33_10_fu_752_p1 = tmp_s_fu_745_p3;

assign zext_ln33_11_fu_766_p1 = select_ln20_11_reg_1053;

assign zext_ln33_12_fu_787_p1 = select_ln20_reg_1047;

assign zext_ln33_13_fu_796_p1 = add_ln33_3_reg_1096;

assign zext_ln33_fu_742_p1 = select_ln19_13_reg_1040;

endmodule //td_fused_top_tdf5_readInputs41